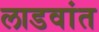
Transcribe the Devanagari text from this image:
लाडवांत